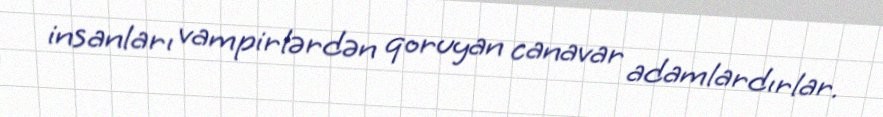
insanları vampirlərdən qoruyan canavar adamlardırlar.